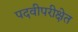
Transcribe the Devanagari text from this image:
पदवीपरीक्षेत